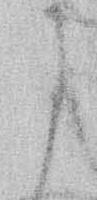
に